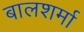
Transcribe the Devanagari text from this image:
बालशर्मा